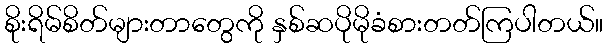
စိုးရိမ်စိတ်များတာတွေကို နှစ်ဆပိုမိုခံစားတတ်ကြပါတယ်။